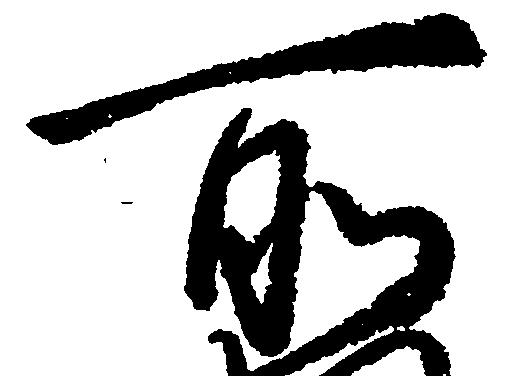
所